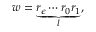
w = \underbrace { r _ { \epsilon } \cdots r _ { 0 } r _ { 1 } } _ { l } ,